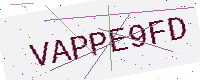
Text: VAPPE9FD